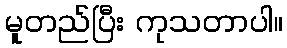
မူတည်ပြီး ကုသတာပါ။